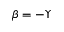
\beta = - \Upsilon